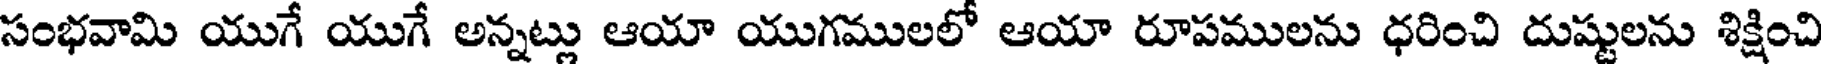
సంభవామి యుగే యుగే అన్నట్లు ఆయా యుగములలో ఆయా రూపములను ధరించి దుష్టులను శిక్షించి